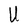
Character: U